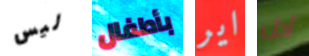
ليس بأطفال اير أجل